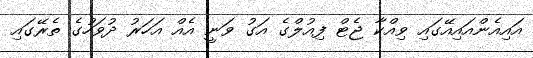
އައިއެންއައިއޭގައި ވިއްކާ ޖެޓް ފިއުލްގެ އަގު ވަނީ އެއް އަހަރު ދުވަހުގެ ތެރޭގައި